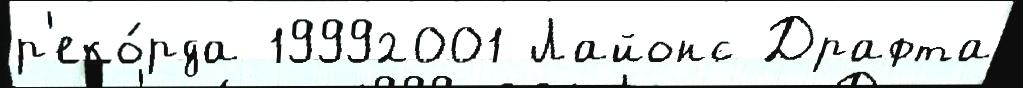
р'еко́рда 19992001 Лайонс Драфта